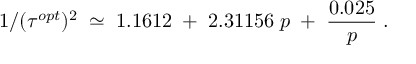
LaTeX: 1 / ( \tau ^ { o p t } ) ^ { 2 } \; \simeq \; 1 . 1 6 1 2 \; + \; 2 . 3 1 1 5 6 \; p \; + \; { \frac { 0 . 0 2 5 } { p } } \; .